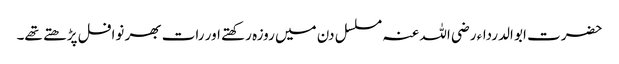
حضرت ابو الدرداء رضی اللہ عنہ مسلسل دن میں روزہ رکھتے اور رات بھر نوافل پڑھتے تھے۔